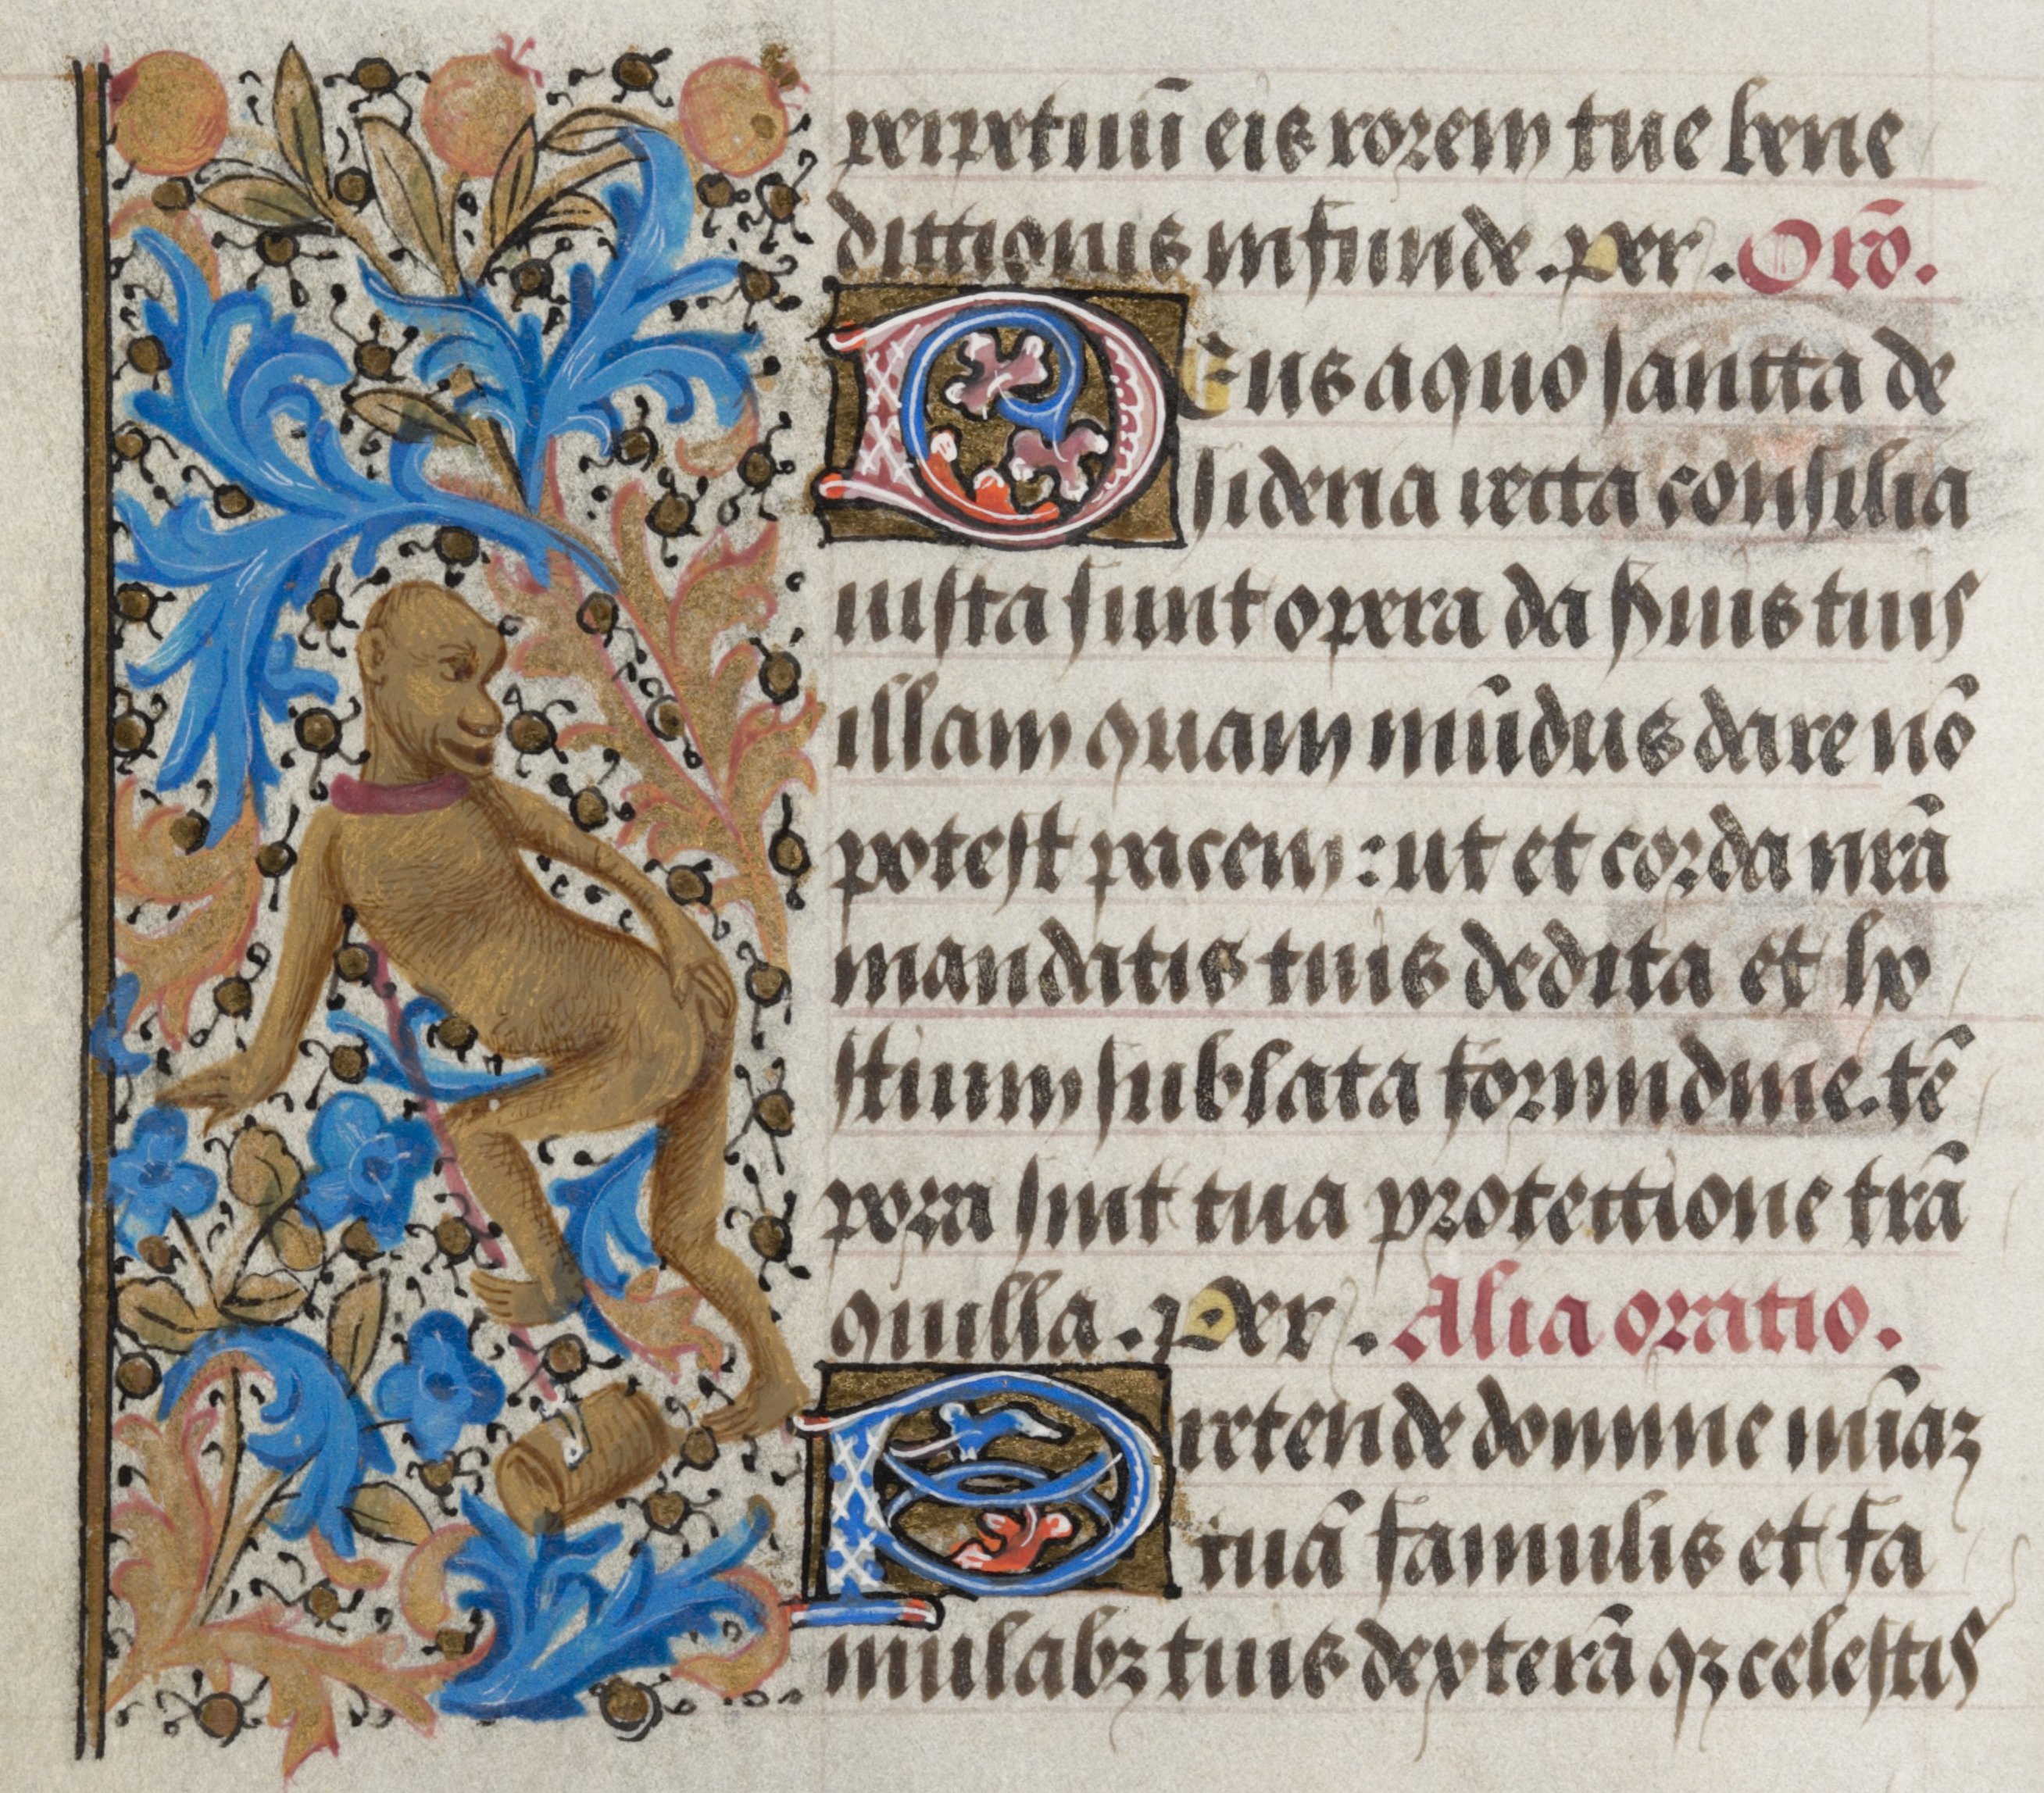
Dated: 1450–1474